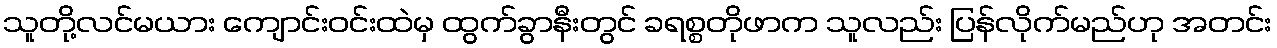
သူတို့လင်မယား ကျောင်းဝင်းထဲမှ ထွက်ခွာနီးတွင် ခရစ္စတိုဖာက သူလည်း ပြန်လိုက်မည်ဟု အတင်း